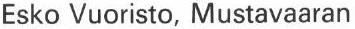
Esko Vuoristo, Mustavaaran